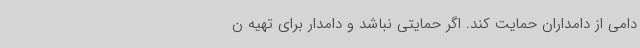
دامی از دامداران حمایت کند. اگر حمایتی نباشد و دامدار برای تهیه ن